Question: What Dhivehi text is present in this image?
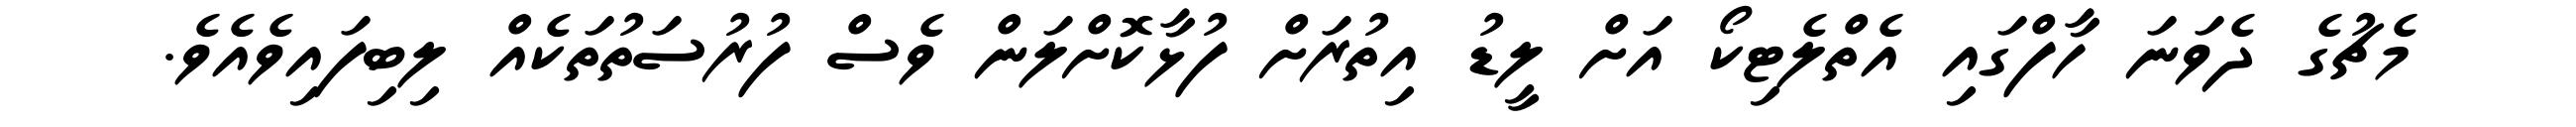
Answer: މެޗުގެ ދެވަނަ ހާފްގައި އެތްލެޓިކޯ އަށް ލީޑު އިތުރަށް ފުޅާކޮށްލަން ވެސް ފުރުސަތުތަކެއް ލިބިފައިވެއެވެ.